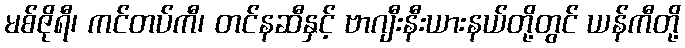
မစ်ဇိုရီ၊ ကင်တပ်ကီ၊ တင်နဆီနှင့် ဗာဂျီးနီးယားနယ်တို့တွင် ယန်ကီတို့